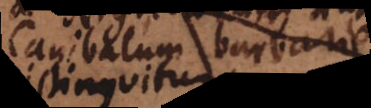
Canibalum barbarie